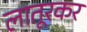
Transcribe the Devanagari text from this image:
लातूरकर